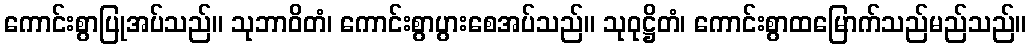
ကောင်းစွာပြုအပ်သည်။ သုဘာဝိတံ၊ ကောင်းစွာပွားစေအပ်သည်။ သုဝုဋ္ဌိတံ၊ ကောင်းစွာထမြောက်သည်မည်သည်။